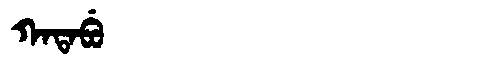
Manchu: ᡴᠠᡨᠠᠪᡠ
Romanization: KATABU